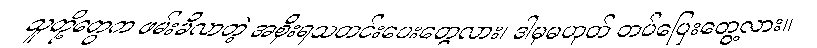
သူတို့တွေက ဖမ်းမိလာတဲ့ အစိုးရသတင်းပေးတွေလား၊ ဒါမှမဟုတ် တပ်ပြေးတွေ့လား။